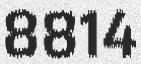
8814